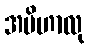
အပိဟာလု